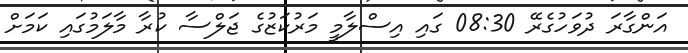
އަންގާރަ ދުވަހުގެރޭ 08:30 ގައި އިސްލާމީ މަރުކަޒުގެ ޖަލްސާ ކުރާ މާލަމުގައި ކަމަށް